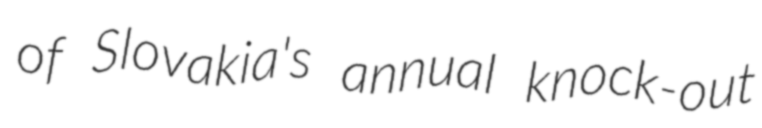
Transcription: of Slovakia's annual knock-out